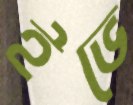
ইভে